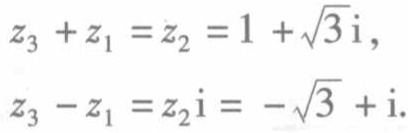
\[

\begin{align*}

z_{3}+z_{1}&=z_{2}=1 + \sqrt{3}\mathrm{i},\\

z_{3}-z_{1}&=z_{2}\mathrm{i}=-\sqrt{3}+\mathrm{i}.

\end{align*}

\]